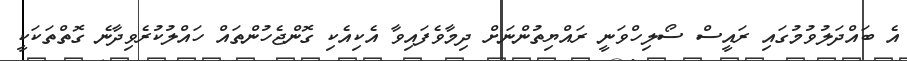
އެ ބައްދަލުވުމުގައި ރައީސް ސޯލިހްވަނީ ރައްޔިތުންނަށް ދިމާވެފައިވާ އެކިއެކި ގޮންޖެހުންތައް ހައްލުކުރެވިދާނެ ގޮތްތަކަކީ